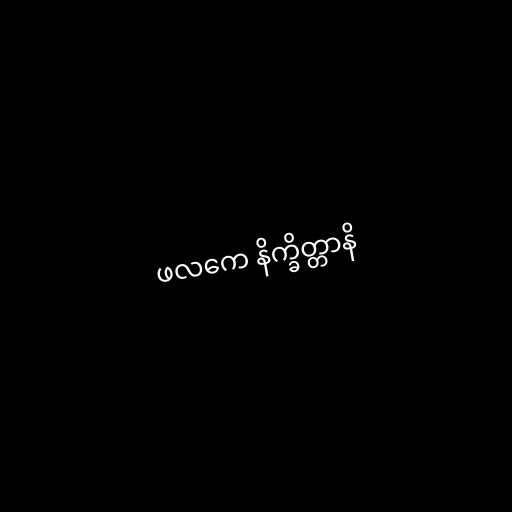
ဖလကေ နိက္ခိတ္တာနိ